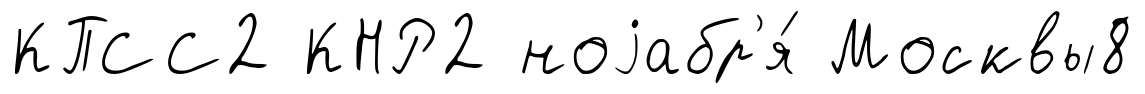
КПСС2 КНР2 ноjабр'я́ Москвы8